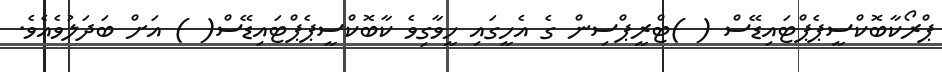
ޕްރޯކާބޮކްސީޕެޕްޓައިޑޭސް ( )ޓްރީޕްސިން ގެ އެހީގައި ހީވާގިވެ ކާބޮކްސީޕެޕްޓައިޑޭސް( ) އަށް ބަދަލުވެއެވެ.